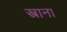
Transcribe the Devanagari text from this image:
स्त्राना